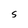
Character: S